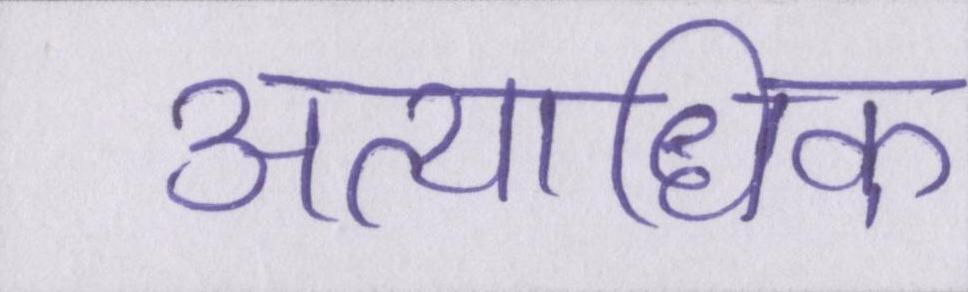
अत्यधिक